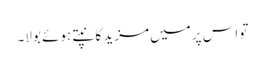
تو اس پر میں مزید کانپتے ہوئے بولا۔